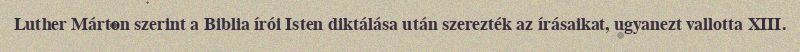
Luther Márton szerint a Biblia írói Isten diktálása után szerezték az írásaikat, ugyanezt vallotta XIII.